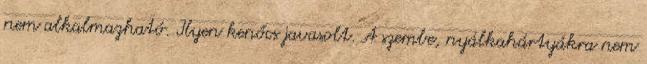
nem alkalmazható. Ilyen kenőcs javasolt. A szembe, nyálkahártyákra nem